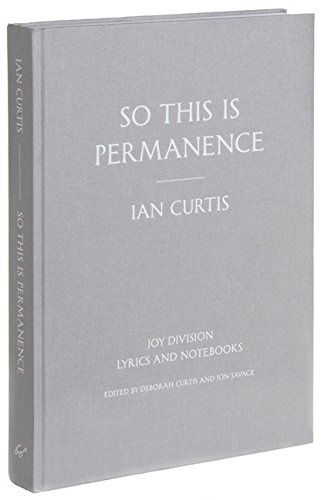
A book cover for So This is Permanence: Joy Division Lyrics and Notebooks; Ian Curtis; Literature & Fiction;